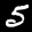
Label: 5